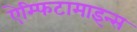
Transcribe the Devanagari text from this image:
ऐम्फिटामाइन्स